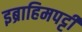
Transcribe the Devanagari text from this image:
इब्राहिमपट्टी